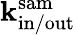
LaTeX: {\mathbf k}_{\mathrm{in/out}}^{\mathrm{sam}}